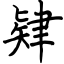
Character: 肄